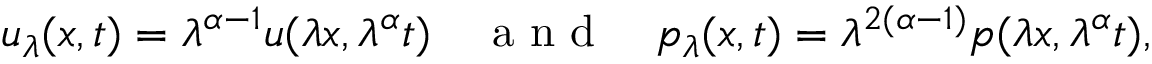
u _ { \lambda } ( x , t ) = \lambda ^ { \alpha - 1 } u ( \lambda x , \lambda ^ { \alpha } t ) \quad \mathrm { ~ a ~ n ~ d ~ } \quad p _ { \lambda } ( x , t ) = \lambda ^ { 2 ( \alpha - 1 ) } p ( \lambda x , \lambda ^ { \alpha } t ) ,